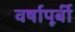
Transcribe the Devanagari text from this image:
वर्षापूर्बी